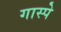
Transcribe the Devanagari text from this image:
गास्पे